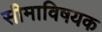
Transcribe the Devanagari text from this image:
सीमाविषयक